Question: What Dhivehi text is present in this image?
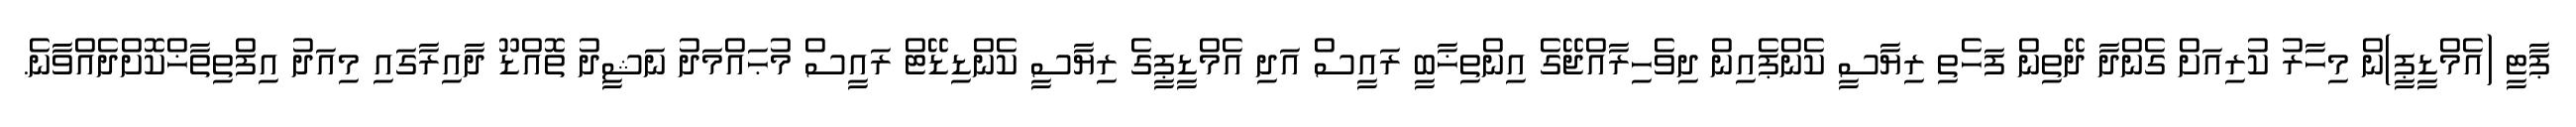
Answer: ޕާޓީ (އެމްޑީޕީ)ން މިހާރު ކުރިއަށް ގެންދާ ދޭތިން ފަހެތި ރިޔާސީ ކެންޕެއިން ދިވެހިރާއްޖޭގެ އިންތިޚާބީ ރައީސް އަދި އެމްޑީޕީގެ ރިޔާސީ ކެންޑިޑޭޓް ރައީސް މުޙައްމަދު ނަޝީދު ތޮއްޑޫ ދާއިރާގައި މިއަދު އިފްތިތާޚްކޮށްދެއްވާނެ.